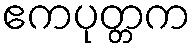
ဧကပုတ္တက